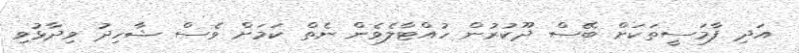
އަދި ފާމަސީތަކަށް ބޭސް ދޫކުރުން ހުއްޓާލެވެން ނެތް ކަމަށް ވެސް ޝާހިދު ވިދާޅުވި